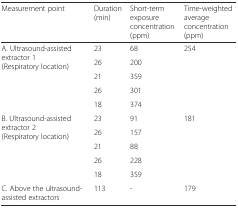
<table><thead><tr><td><b>Measurement point</b></td><td><b>Duration (min)</b></td><td><b>Short-term exposure concentration (ppm)</b></td><td><b>Time-weighted average concentration (ppm)</b></td></tr></thead><tbody><tr><td rowspan="5">A. Ultrasound-assisted extractor 1 (Respiratory location)</td><td>23</td><td>68</td><td rowspan="5">254</td></tr><tr><td>26</td><td>200</td></tr><tr><td>21</td><td>359</td></tr><tr><td>26</td><td>301</td></tr><tr><td>18</td><td>374</td></tr><tr><td rowspan="5">B. Ultrasound-assisted extractor 2 (Respiratory location)</td><td>23</td><td>91</td><td rowspan="5">181</td></tr><tr><td>26</td><td>157</td></tr><tr><td>21</td><td>88</td></tr><tr><td>26</td><td>228</td></tr><tr><td>18</td><td>359</td></tr><tr><td>C. Above the ultrasound-assisted extractors</td><td>113</td><td>-</td><td>179</td></tr></tbody></table>